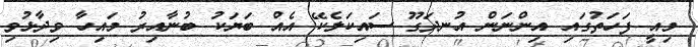
މިއީ ފަހަތުގައި އިންނަން އުނދަގޫ ސައިކަލެކޭ އެއް ބަޔަކު ބުނާއިރު މައިހާ ވިދާޅުވި